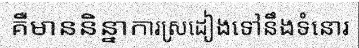
គឺមាននិន្នាការស្រដៀងទៅនឹងទំនោរ